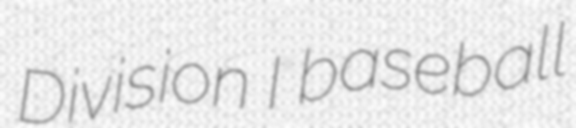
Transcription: Division I baseball